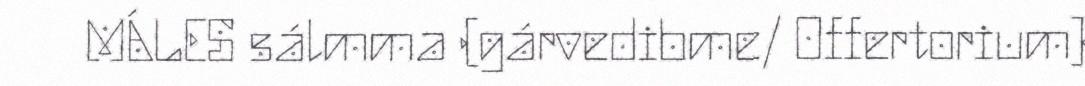
MÁLES sálmma (gárvedibme/ Offertorium)